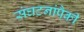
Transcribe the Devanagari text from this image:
संघटनांपैकी